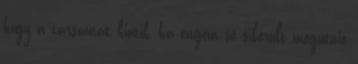
hogy a társamat kiütik, ha engem se sikerült megütnie